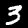
Label: 3